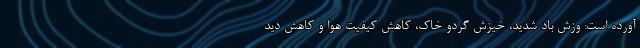
آورده است: وزش باد شدید، خیزش گردو خاک، کاهش کیفیت هوا و کاهش دید